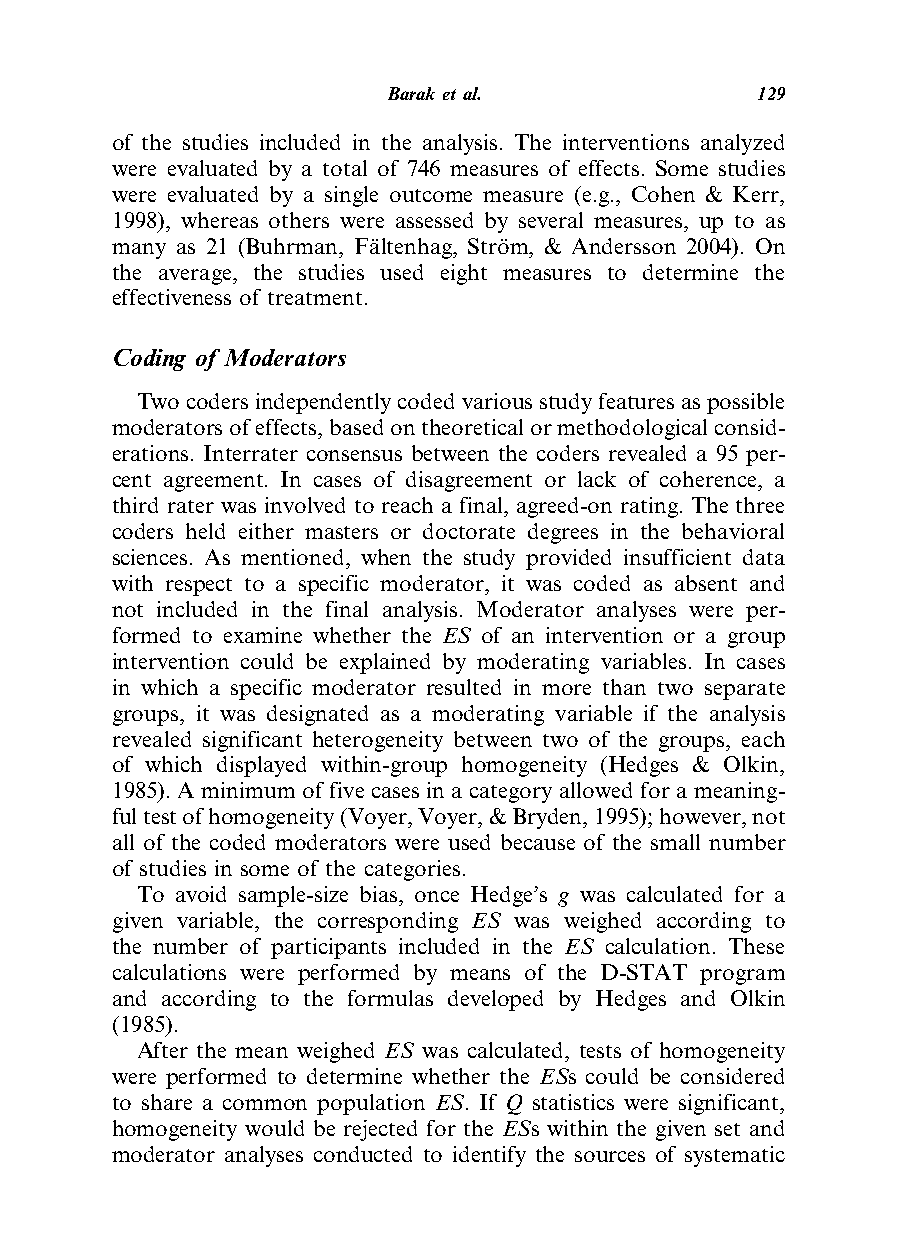
Barak etal.             129
 of the studies included in the analysis. The interventions analyzed
 were evaluated by a total of 746 measures of effects. Some studies
 were evaluated by a single outcome measure (e.g., Cohen & Kerr,
 1998), whereas others were assessed by several measures, up to as
 many as 21 (Buhrman, Fa¨ltenhag, Stro¨m, & Andersson 2004). On
 the average, the studies used eight measures to determine the
 effectiveness of treatment.
 Coding of Moderators
 Twocodersindependentlycodedvariousstudyfeaturesaspossible
 moderatorsofeffects,basedontheoreticalormethodologicalconsid-
 erations. Interrater consensus between the coders revealed a 95 per-
 cent agreement. In cases of disagreement or lack of coherence, a
 third rater was involved to reach a final, agreed-on rating. The three
 coders held either masters or doctorate degrees in the behavioral
 sciences. As mentioned, when the study provided insufficient data
 with respect to a specific moderator, it was coded as absent and
 not included in the final analysis. Moderator analyses were per-
 formed to examine whether the ES of an intervention or a group
 intervention could be explained by moderating variables. In cases
 in which a specific moderator resulted in more than two separate
 groups, it was designated as a moderating variable if the analysis
 revealed significant heterogeneity between two of the groups, each
 of which displayed within-group homogeneity (Hedges & Olkin,
 1985). A minimum of five cases in a category allowed for a meaning-
 fultestofhomogeneity(Voyer,Voyer,&Bryden,1995);however,not
 all of the coded moderators were used because of the small number
 of studies in some of the categories.
 To avoid sample-size bias, once Hedge’s g was calculated for a
 given variable, the corresponding ES was weighed according to
 the number of participants included in the ES calculation. These
 calculations were performed by means of the D-STAT program
 and according to the formulas developed by Hedges and Olkin
 (1985).
 After the mean weighed ES was calculated, tests of homogeneity
 were performed to determine whether the ESs could be considered
 to share a common population ES. If Q statistics were significant,
 homogeneity would be rejected for the ESs within the given set and
 moderator analyses conducted to identify the sources of systematic